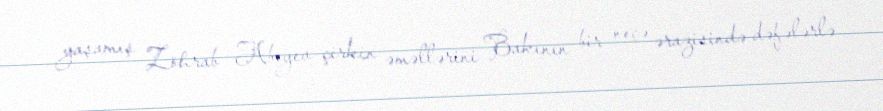
yaşamış Zöhrab Abıyev çirkin əməllərini Bakının bir neçə ərazisində dəfələrlə